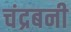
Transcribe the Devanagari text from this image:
चंद्रबनी